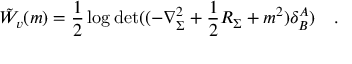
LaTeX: \tilde { W } _ { v } ( m ) = \frac 1 2 \log \operatorname * { d e t } ( ( - \nabla _ { \Sigma } ^ { 2 } + \frac 1 2 R _ { \Sigma } + m ^ { 2 } ) \delta _ { B } ^ { A } ) ~ ~ ~ .